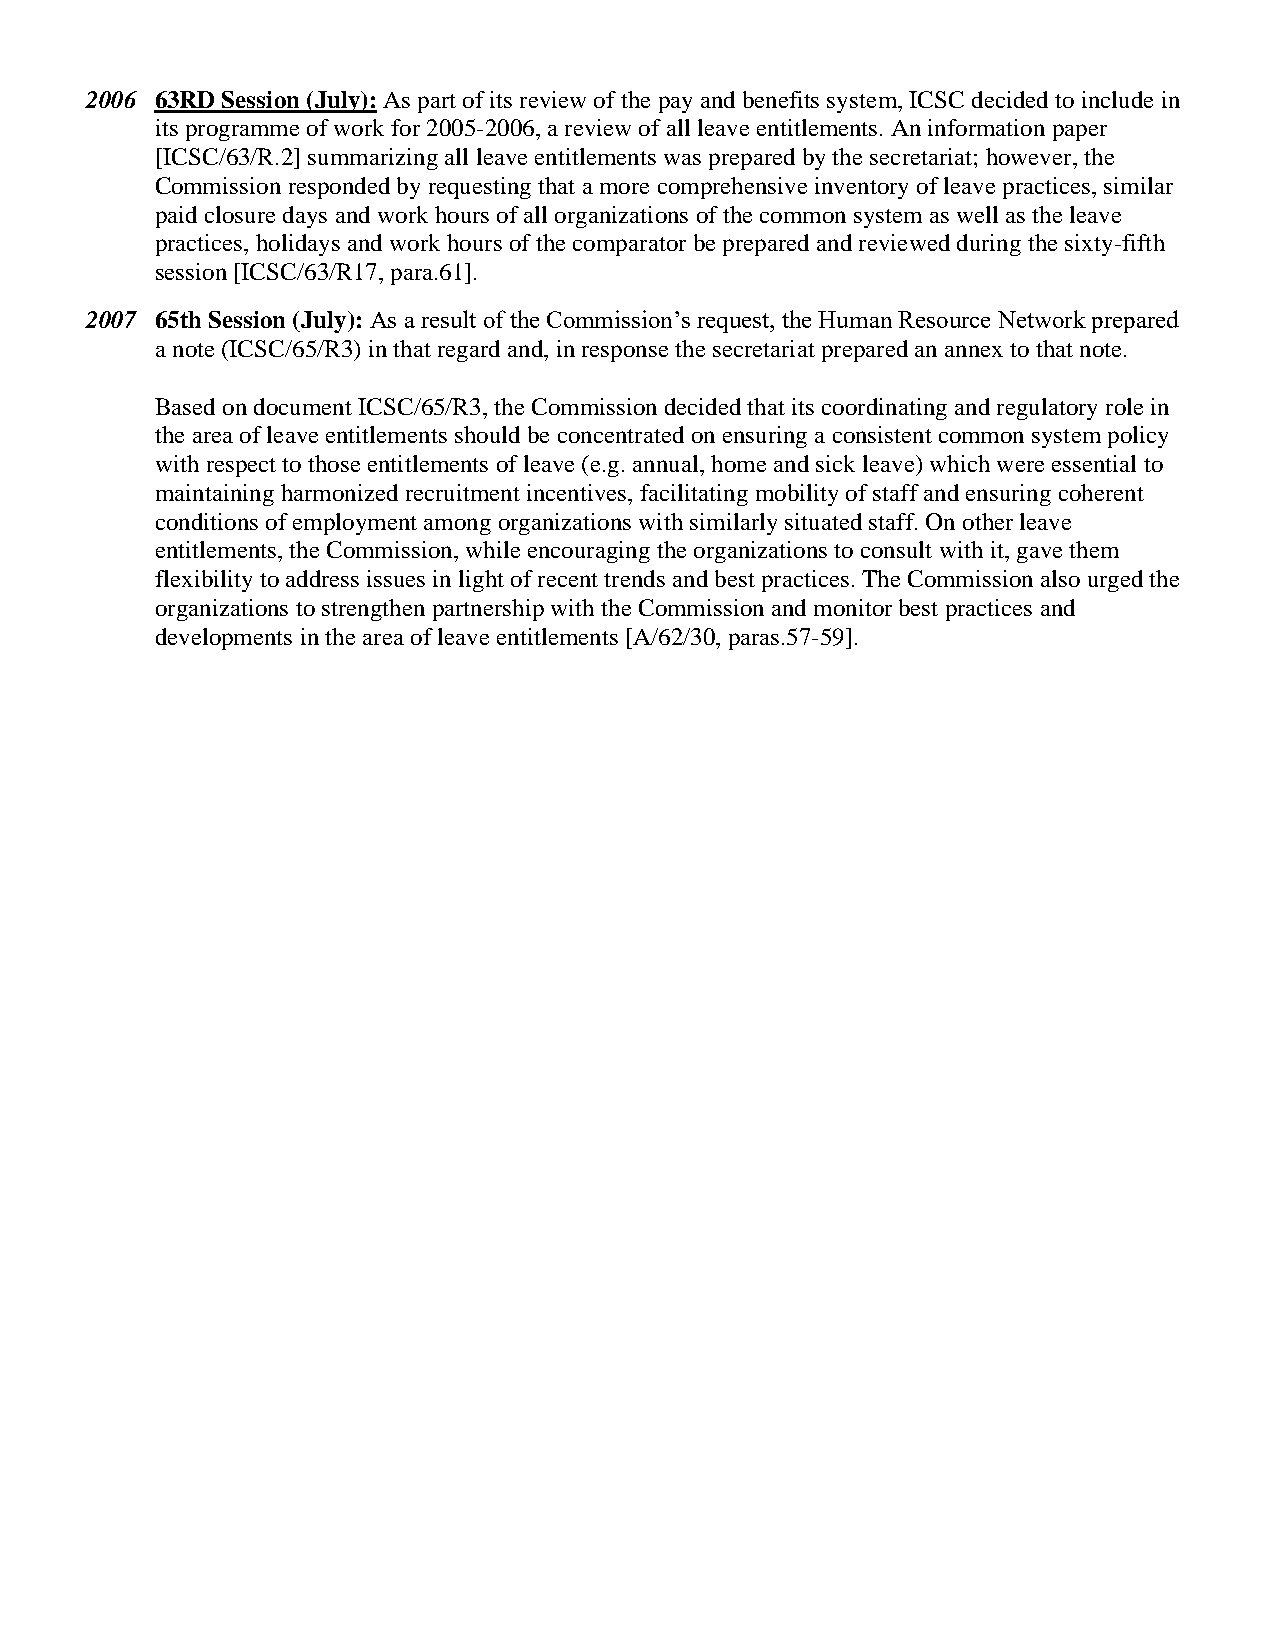
2006 63RD Session (July): As part of its review of the pay and benefits system, ICSC decided to include in
 its programme of work for 2005-2006, a review of all leave entitlements. An information paper
 [ICSC/63/R.2] summarizing all leave entitlements was prepared by the secretariat; however, the
 Commission responded by requesting that a more comprehensive inventory of leave practices, similar
 paid closure days and work hours of all organizations of the common system as well as the leave
 practices, holidays and work hours of the comparator be prepared and reviewed during the sixty-fifth
 session [ICSC/63/R17, para.61].
 2007 65th Session (July): As a result of the Commission’s request, the Human Resource Network prepared
 a note (ICSC/65/R3) in that regard and, in response the secretariat prepared an annex to that note.
 Based on document ICSC/65/R3, the Commission decided that its coordinating and regulatory role in
 the area of leave entitlements should be concentrated on ensuring a consistent common system policy
 with respect to those entitlements of leave (e.g. annual, home and sick leave) which were essential to
 maintaining harmonized recruitment incentives, facilitating mobility of staff and ensuring coherent
 conditions of employment among organizations with similarly situated staff. On other leave
 entitlements, the Commission, while encouraging the organizations to consult with it, gave them
 flexibility to address issues in light of recent trends and best practices. The Commission also urged the
 organizations to strengthen partnership with the Commission and monitor best practices and
 developments in the area of leave entitlements [A/62/30, paras.57-59].